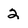
Character: 2